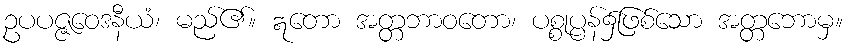
ဥပပဇ္ဇဝေဒနီယံ၊ မည်၏။ ဣတော အတ္တဘာဝတော၊ ပစ္စုပ္ပန်၌ဖြစ်သော အတ္တဘောမှ။